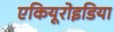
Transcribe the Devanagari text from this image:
एकियूरोइडिया